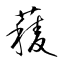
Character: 薐